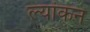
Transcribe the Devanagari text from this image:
ल्यांकन